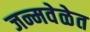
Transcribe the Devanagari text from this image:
जन्मवेळेत